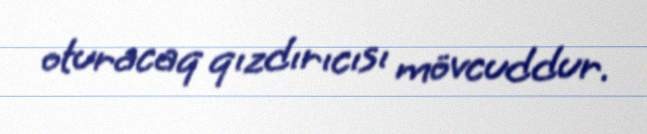
oturacaq qızdırıcısı mövcuddur.